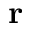
\mathbf { r }